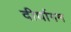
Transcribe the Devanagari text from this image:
दीर्घागम